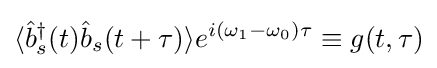
\langle {\hat {b}}_{s}^{\dagger }(t){\hat {b}}_{s}(t+\tau )\rangle e^{i(\omega _{1}-\omega _{0})\tau }\equiv g(t,\tau )